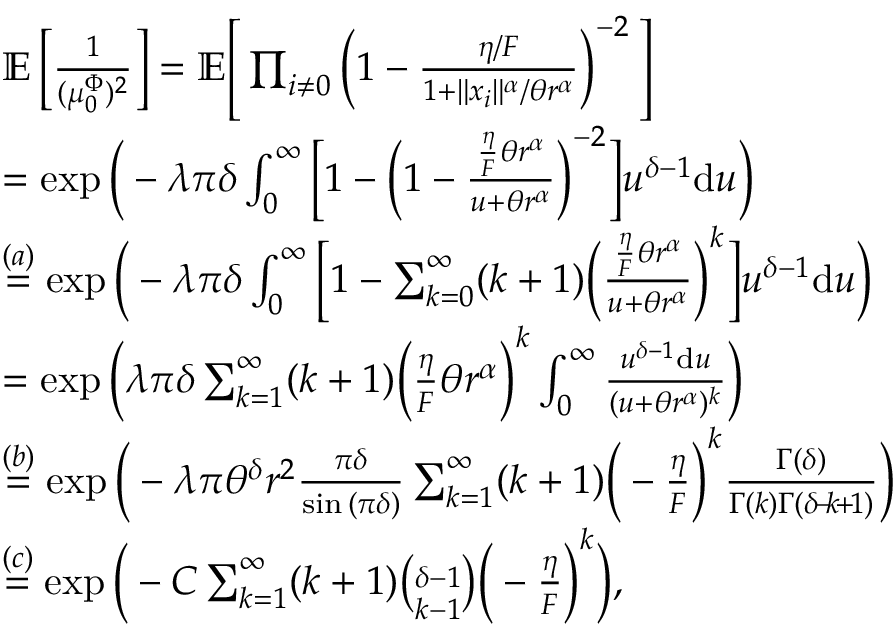
\begin{array} { r l } & { \mathbb { E } \left[ \frac { 1 } { ( \mu _ { 0 } ^ { \Phi } ) ^ { 2 } } \right] = \mathbb { E } \Bigg [ \prod _ { i \neq 0 } \left( 1 - \frac { \eta / F } { 1 + \Vert x _ { i } \Vert ^ { \alpha } / \theta r ^ { \alpha } } \right) ^ { - 2 } \Bigg ] } \\ & { = \exp { \bigg ( - \lambda \pi \delta \int _ { 0 } ^ { \infty } \Big [ 1 - \Big ( 1 - \frac { \frac { \eta } { F } \theta r ^ { \alpha } } { u + \theta r ^ { \alpha } } \Big ) ^ { - 2 } \Big ] u ^ { \delta - 1 } \mathrm { d } u \bigg ) } } \\ & { \stackrel { ( a ) } { = } \exp { \bigg ( - \lambda \pi \delta \int _ { 0 } ^ { \infty } \Big [ 1 - \sum _ { k = 0 } ^ { \infty } ( k + 1 ) \Big ( \frac { \frac { \eta } { F } \theta r ^ { \alpha } } { u + \theta r ^ { \alpha } } \Big ) ^ { k } \Big ] u ^ { \delta - 1 } \mathrm { d } u \bigg ) } } \\ & { = \exp { \bigg ( \lambda \pi \delta \sum _ { k = 1 } ^ { \infty } ( k + 1 ) \Big ( \frac { \eta } { F } \theta r ^ { \alpha } \Big ) ^ { k } \int _ { 0 } ^ { \infty } \frac { u ^ { \delta - 1 } \mathrm { d } u } { ( u + \theta r ^ { \alpha } ) ^ { k } } \bigg ) } } \\ & { \stackrel { ( b ) } { = } \exp { \bigg ( - \lambda \pi \theta ^ { \delta } r ^ { 2 } \frac { \pi \delta } { \sin { ( \pi \delta ) } } \sum _ { k = 1 } ^ { \infty } ( k + 1 ) \Big ( - \frac { \eta } { F } \Big ) ^ { k } \frac { \Gamma ( \delta ) } { \Gamma ( k ) \Gamma ( \delta \! - \! k \! + \! 1 ) } \bigg ) } } \\ & { \stackrel { ( c ) } { = } \exp { \bigg ( - C \sum _ { k = 1 } ^ { \infty } ( k + 1 ) { \binom { \delta - 1 } { k - 1 } } \Big ( - \frac { \eta } { F } \Big ) ^ { k } \bigg ) } , } \end{array}